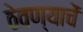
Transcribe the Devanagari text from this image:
ठेवण्याचें